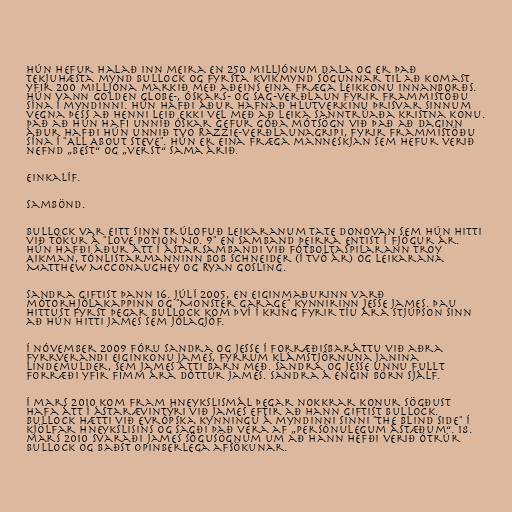
Hún hefur halað inn meira en 250 milljónum dala og er það
tekjuhæsta mynd Bullock og fyrsta kvikmynd sögunnar til að komast
yfir 200 milljóna markið með aðeins eina fræga leikkonu innanborðs.
Hún vann Golden Globe-, Óskars- og SAG-verðlaun fyrir frammistöðu
sína í myndinni. Hún hafði áður hafnað hlutverkinu þrisvar sinnum
vegna þess að henni leið ekki vel með að leika sanntrúaða kristna konu.
Það að hún hafi unnið Óskar gefur góða mótsögn við það að daginn
áður hafði hún unnið tvo Razzie-verðlaunagripi, fyrir frammistöðu
sína í "All About Steve". Hún er eina fræga manneskjan sem hefur verið
nefnd „best“ og „verst“ sama árið.

Einkalíf.

Sambönd.

Bullock var eitt sinn trúlofuð leikaranum Tate Donovan sem hún hitti
við tökur á "Love Potion No. 9" en samband þeirra entist í fjögur ár.
Hún hafði áður átt í ástarsambandi við fótboltaspilarann Troy
Aikman, tónlistarmanninn Bob Schneider (í tvö ár) og leikarana
Matthew McConaughey og Ryan Gosling.

Sandra giftist þann 16. júlí 2005, en eiginmaðurinn varð
mótorhjólakappinn og "Monster Garage" kynnirinn Jesse James. Þau
hittust fyrst þegar Bullock kom því í kring fyrir tíu ára stjúpson sinn
að hún hitti James sem jólagjöf.

Í nóvember 2009 fóru Sandra og Jesse í forræðisbaráttu við aðra
fyrrverandi eiginkonu James, fyrrum klámstjörnuna Janina
Lindemulder, sem James átti barn með. Sandra og Jesse unnu fullt
forræði yfir fimm ára dóttur James. Sandra á engin börn sjálf.

Í mars 2010 kom fram hneykslismál þegar nokkrar konur sögðust
hafa átt í ástarævintýri við James eftir að hann giftist Bullock.
Bullock hætti við evrópska kynningu á myndinni sinni "The Blind Side" í
kjölfar hneykslisins og sagði það vera af „persónulegum ástæðum“. 18.
mars 2010 svaraði James sögusögnum um að hann hefði verið ótrúr
Bullock og baðst opinberlega afsökunar.